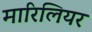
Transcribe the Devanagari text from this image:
मारिलियर